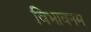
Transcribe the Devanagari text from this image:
विभावनम